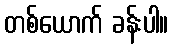
တစ်ယောက် ခန်းပါ။